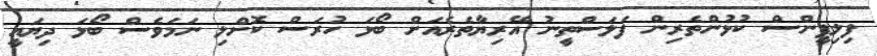
ފިލިޕީންސް ކުޅުންތެރިން ފަލަސްތީނު އޭރިޔާތެރެއަށް ބޯޅަ ހުރަސް ކޮށްލި ނަަމަވެސް ބޯޅަ ދިޔައީ